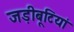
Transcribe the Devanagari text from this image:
जड़ीबूटियां